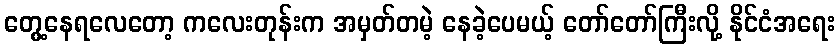
တွေ့နေရလေတော့ ကလေးတုန်းက အမှတ်တမဲ့ နေခဲ့ပေမယ့် တော်တော်ကြီးလို့ နိုင်ငံအရေး